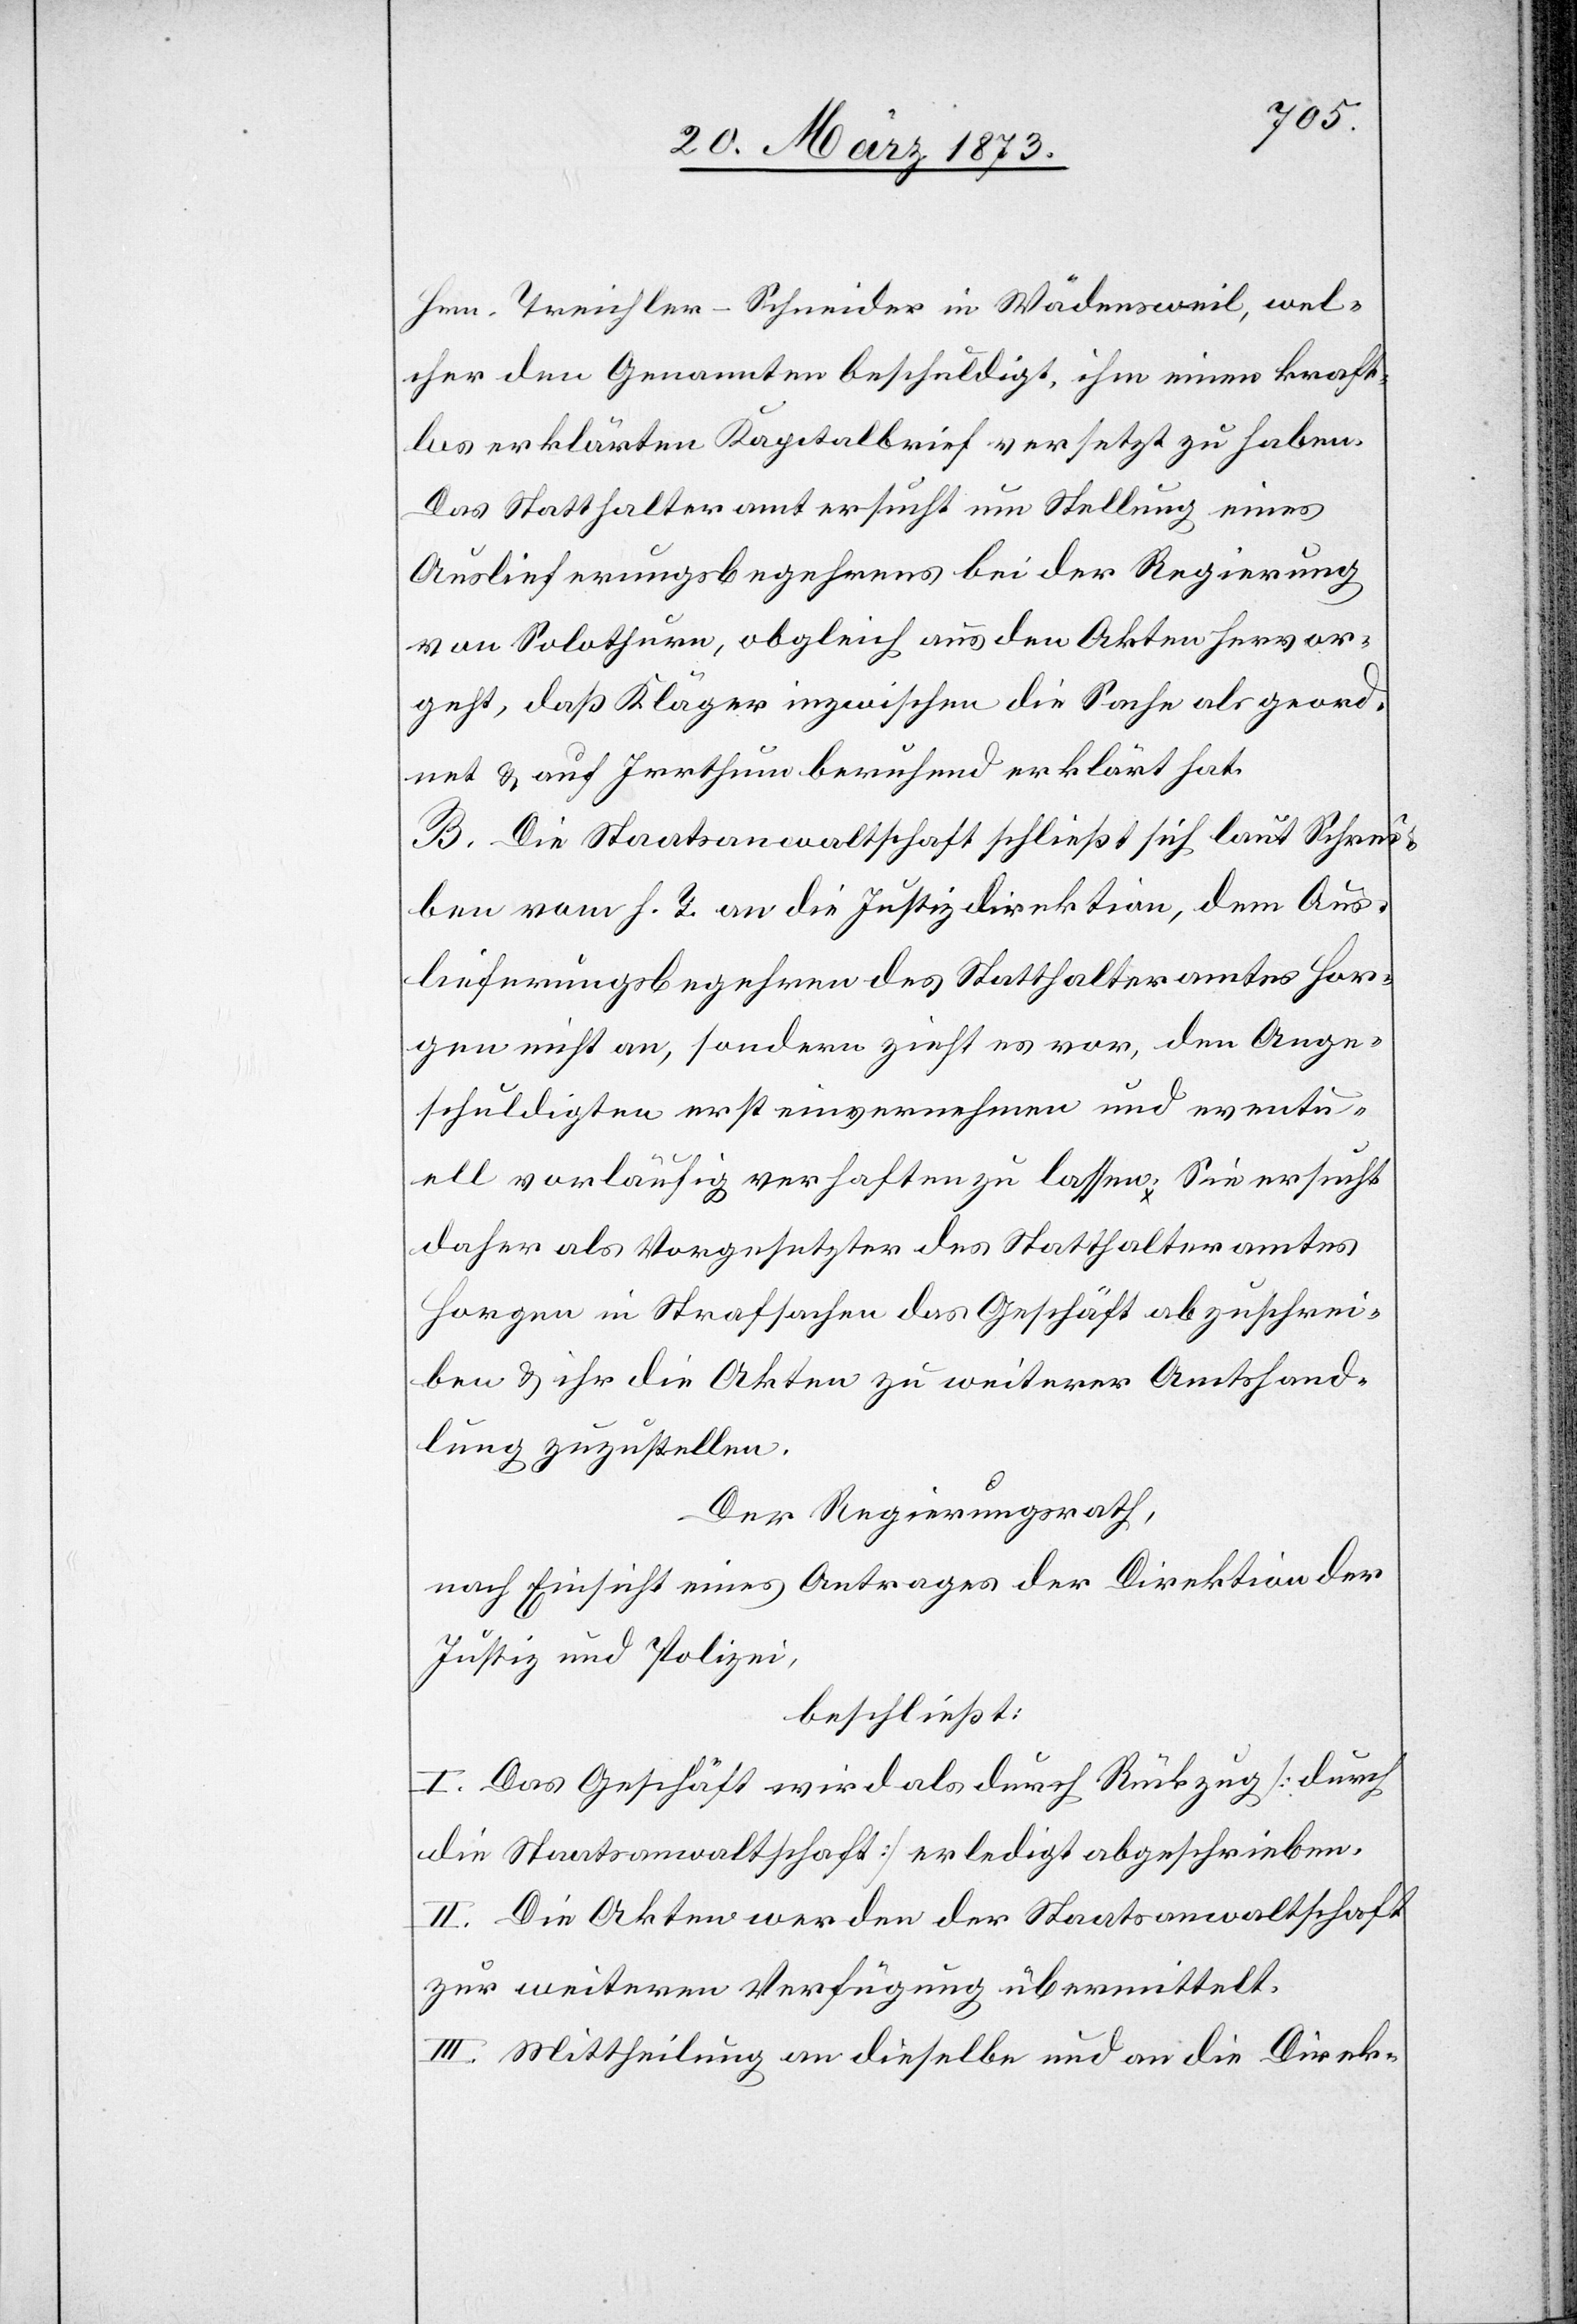
Hrn. Treichler – Schneider in Wädensweil, wel¬
cher den Genannten beschuldigt, ihm einen kraft¬
los erklärten Kapitalbrief versetzt zu haben.
Das Statthalteramt ersucht um Stellung eines
Auslieferungsbegehrens bei der Regierung
von Solothurn, obgleich aus den Akten hervor¬
geht, daß Kläger inzwischen die Sache als geord¬
net u. auf Irrthum berufend erklärt hat.
B. Die Staatsanwaltschaft schließt sich laut Schrei¬
ben vom h. T. an die Justizdirektion, dem Aus¬
lieferungsbegehren des Statthalteramtes Hor¬
gen nicht an, sondern zieht es vor, den Ange¬
schuldigten erst einvernehmen und eventu¬
ell vorläufig verhaften zu lassen. Sie ersucht
daher als Vorgesetzter des Statthalteramtes
Horgen in Strafsachen das Geschäft abzuschrei¬
ben u. ihr die Akten zu weiterer Amtshand¬
lung zuzustellen.
Der Regierungsrath,
nach Einsicht eines Antrages der Direktion der
Justiz und Polizei,
beschließt:
I. Das Geschäft wird als durch Rückzug [durch
die Staatsanwaltschaft] erledigt abgeschrieben.
II. Die Akten werden der Staatsanwaltschaft
zur weiteren Verfügung übermittelt.
III. Mittheilung an dieselbe und an die Direk-